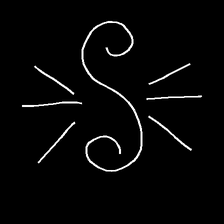
Glyph: wind-directs-air